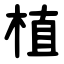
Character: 植